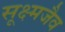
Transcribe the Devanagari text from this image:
सूक्ष्मजैव